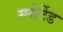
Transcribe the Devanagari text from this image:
स्पोर्टेड